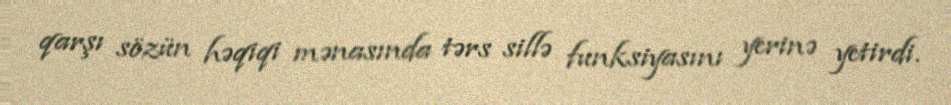
qarşı sözün həqiqi mənasında tərs sillə funksiyasını yerinə yetirdi.